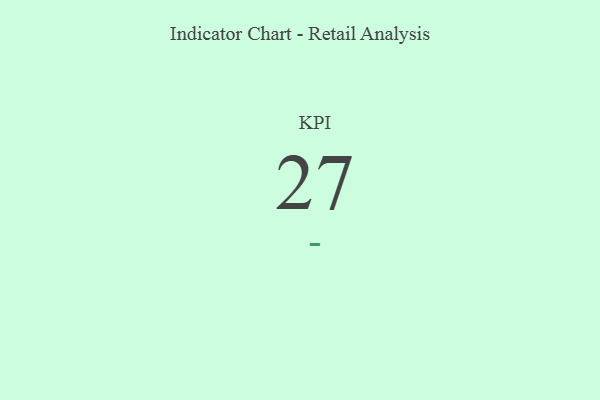
{"axis": {"x": "KPI", "y": "Value"}, "legend": [""], "data": [{"x": "KPI", "y": 27, "type": ""}]}